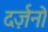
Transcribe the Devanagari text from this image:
दर्ज़नो